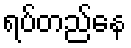
ရပ်တည်နေ